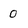
Character: o